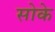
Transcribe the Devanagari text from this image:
सोके